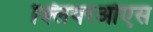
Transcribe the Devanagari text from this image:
क्लियरओएस